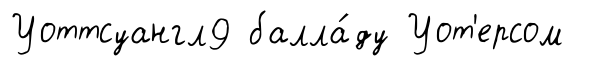
Уоттсуангл9 балла́ду Уот'ерсом